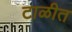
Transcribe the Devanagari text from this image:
टाळीत